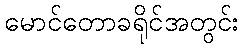
မောင်တောခရိုင်အတွင်း